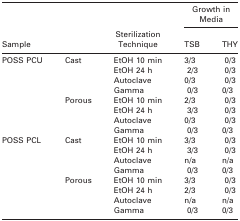
<table><thead><tr><td></td><td></td><td></td><td colspan="2"><b>Growth in Media</b></td></tr><tr><td colspan="2"><b>Sample</b></td><td><b>Sterilization Technique</b></td><td><b>TSB</b></td><td><b>THY</b></td></tr></thead><tbody><tr><td>POSS PCU</td><td>Cast</td><td>EtOH 10 min</td><td>3/3</td><td>0/3</td></tr><tr><td></td><td></td><td>EtOH 24 h</td><td>2/3</td><td>0/3</td></tr><tr><td></td><td></td><td>Autoclave</td><td>0/3</td><td>0/3</td></tr><tr><td></td><td></td><td>Gamma</td><td>0/3</td><td>0/3</td></tr><tr><td></td><td>Porous</td><td>EtOH 10 min</td><td>2/3</td><td>0/3</td></tr><tr><td></td><td></td><td>EtOH 24 h</td><td>3/3</td><td>0/3</td></tr><tr><td></td><td></td><td>Autoclave</td><td>0/3</td><td>0/3</td></tr><tr><td></td><td></td><td>Gamma</td><td>0/3</td><td>0/3</td></tr><tr><td>POSS PCL</td><td>Cast</td><td>EtOH 10 min</td><td>3/3</td><td>0/3</td></tr><tr><td></td><td></td><td>EtOH 24 h</td><td>3/3</td><td>0/3</td></tr><tr><td></td><td></td><td>Autoclave</td><td>n/a</td><td>n/a</td></tr><tr><td></td><td></td><td>Gamma</td><td>0/3</td><td>0/3</td></tr><tr><td></td><td>Porous</td><td>EtOH 10 min</td><td>3/3</td><td>0/3</td></tr><tr><td></td><td></td><td>EtOH 24 h</td><td>2/3</td><td>0/3</td></tr><tr><td></td><td></td><td>Autoclave</td><td>n/a</td><td>n/a</td></tr><tr><td></td><td></td><td>Gamma</td><td>0/3</td><td>0/3</td></tr></tbody></table>